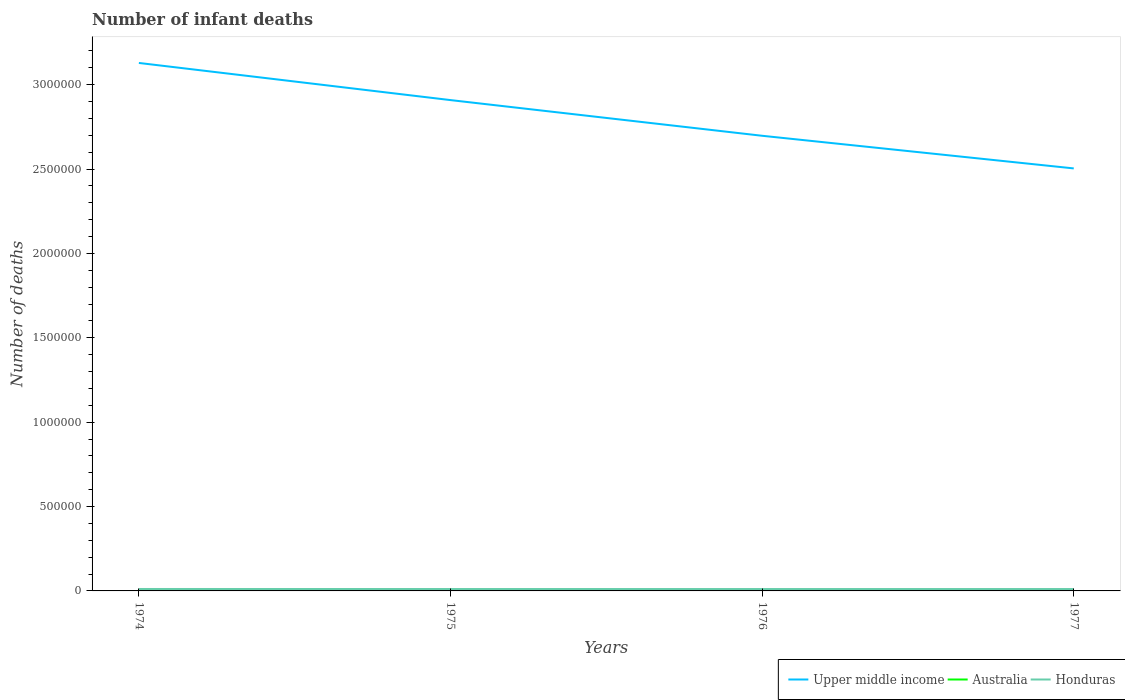
| Years | Upper middle income | Australia | Honduras |
 | --- | --- | --- | --- |
 | 1974 | 3.13e+06 | 4.18e+03 | 1.15e+04 |
 | 1975 | 2.91e+06 | 3.86e+03 | 1.13e+04 |
 | 1976 | 2.7e+06 | 3.45e+03 | 1.12e+04 |
 | 1977 | 2.5e+06 | 3.02e+03 | 1.12e+04 |